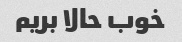
خوب حالا بریم